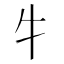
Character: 牜